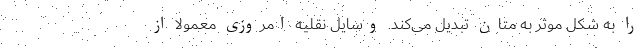
را به شکل موثر به متان تبدیل می‌کند. وسایل نقلیه امروزی معمولاً از